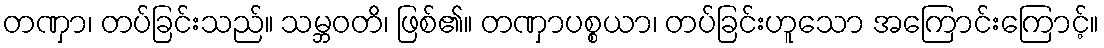
တဏှာ၊ တပ်ခြင်းသည်။ သမ္ဘဝတိ၊ ဖြစ်၏။ တဏှာပစ္စယာ၊ တပ်ခြင်းဟူသော အကြောင်းကြောင့်။